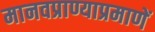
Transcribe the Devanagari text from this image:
मानवप्राण्याप्रमाणें